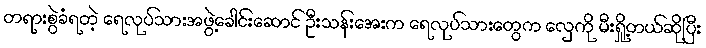
တရားစွဲခံရတဲ့ ရေလုပ်သားအဖွဲ့ခေါင်းဆောင် ဦးသန်းအေးက ရေလုပ်သားတွေက လှေကို မီးရှို့တယ်ဆိုပြီး